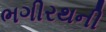
ભગીરથની